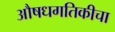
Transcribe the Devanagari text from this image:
औषधगतिकीचा